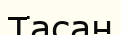
Тасан